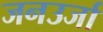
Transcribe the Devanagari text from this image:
जनउर्जा